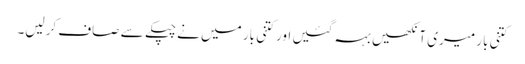
کتنی بار میری آنکھیں بہہ گئیں اور کتنی بار میں نے چپکے سے صاف کرلیں۔